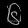
Digit: ၆